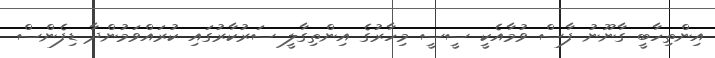
އިންތިހާބީ ގާނޫނު ފާސް ވުމާއެކީ ސީސީ މިހާރުގެ އިންތިގާލީ ސަރުކާރުގައި ކުރައްވަމުންދާ ޑިފެންސް